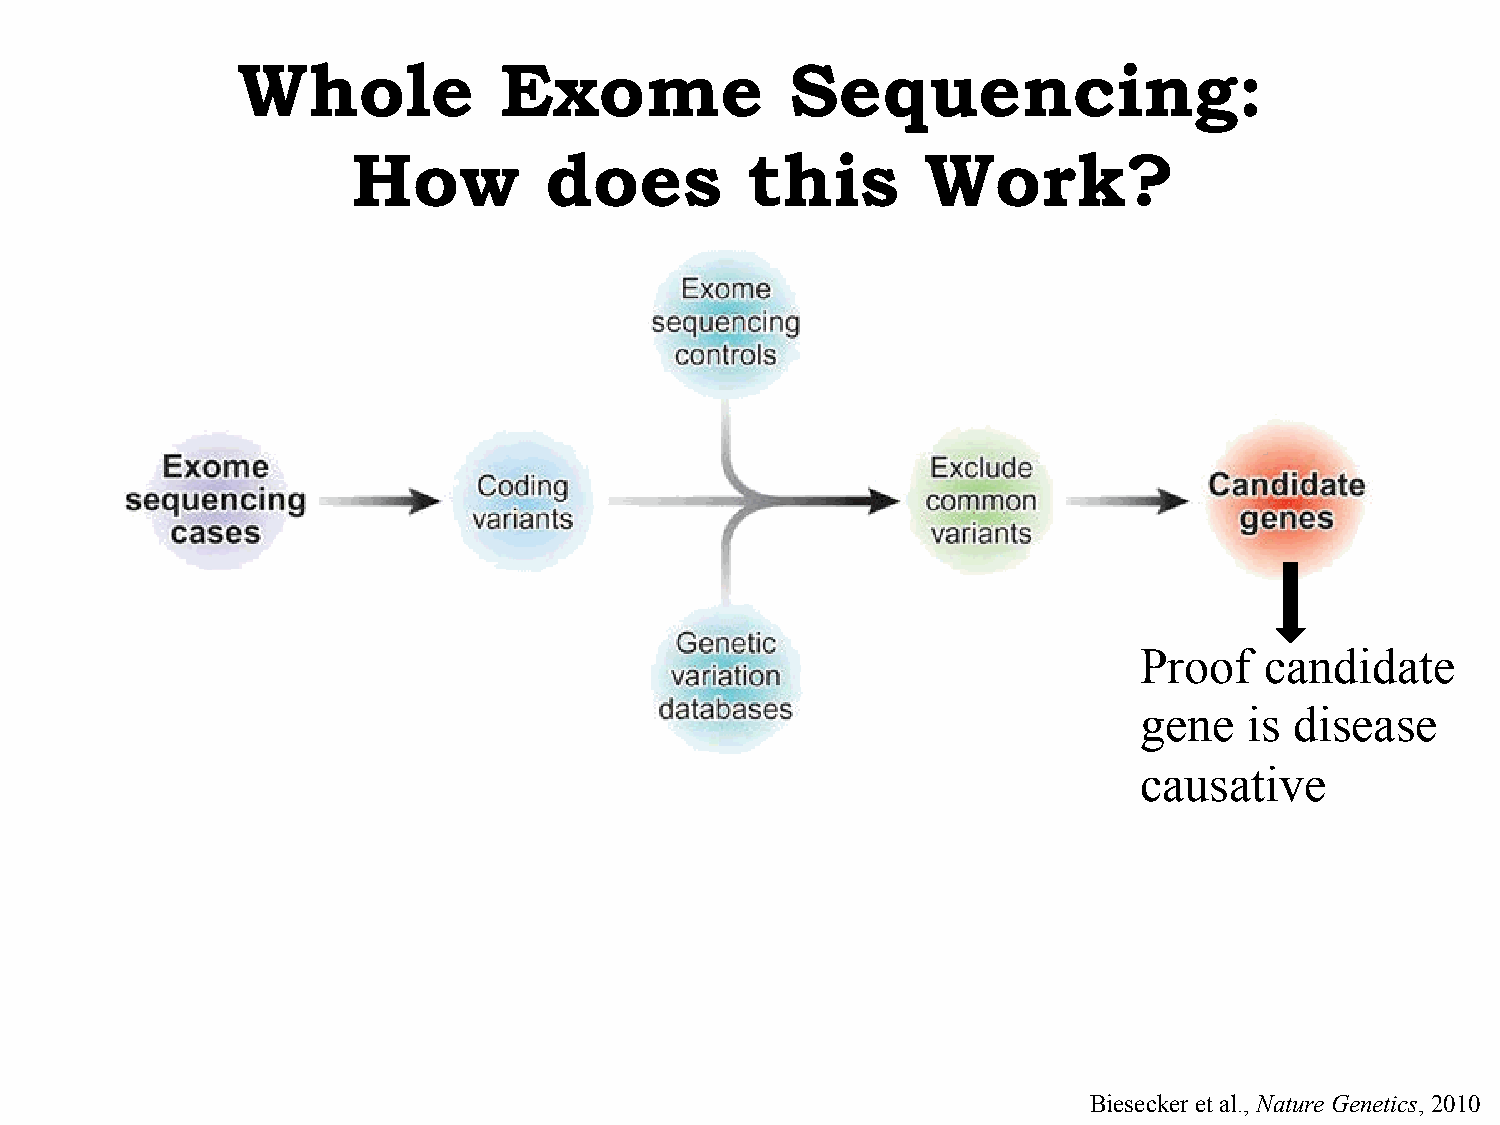
Whole            Exome              Sequencing:
 How          does         this        Work?
 Proof    candidate
 gene    is disease
 causative
 Biesecker et al., Nature Genetics, 2010